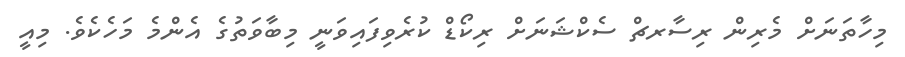
މިހާތަނަށް މެރިން ރިސާރޗް ސެކްޝަނަށް ރިކޯޑް ކުރެވިފައިވަނީ މިބާވަތުގެ އެންމެ މަހެކެވެ. މިއީ